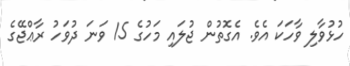
ހުޅުވާލި ވާހަކަ އެވެ. އެގޮތުން ޖުލައި މަހުގެ 15 ވަނަ ދުވަހު ރާޢްޖޭގެ